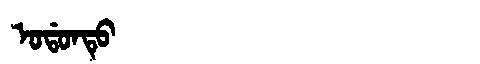
Manchu: ᠣᡩᠣᠨᡨᡠ
Romanization: ODONTU